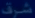
شرف